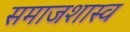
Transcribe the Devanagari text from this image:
समाजशास्व